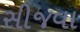
સીજવા